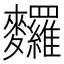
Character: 𪎆